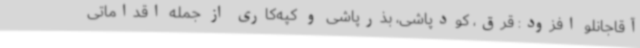
آقاجانلو افزود: قرق، کودپاشی، بذرپاشی و کپه‌کاری از جمله اقداماتی